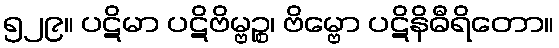
၅၂၉။ ပဋိမာ ပဋိဗိမ္ဗဉ္စ၊ ဗိမ္ဗော ပဋိနိဓီရိတော။